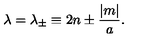
\lambda = \lambda _ { \pm } \equiv 2 n \pm { \frac { | m | } { a } } .